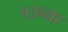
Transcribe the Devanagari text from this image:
१३च्या